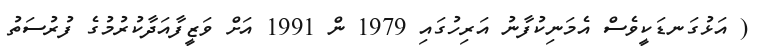
( އަޅުގަނޑަކީވެސް އެމަނިކުފާނު އަރިހުގައި 1979 ން 1991 އަށް ވަޒީފާއަދާކުރުމުގެ ފުރުސަތު